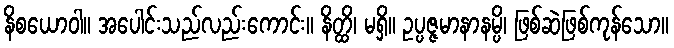
နိစယောဝါ။ အပေါင်းသည်လည်းကောင်း။ နိတ္ထိ၊ မရှိ။ ဥပ္ပဇ္ဇမာနာနမ္ပိ၊ ဖြစ်ဆဲဖြစ်ကုန်သော။